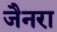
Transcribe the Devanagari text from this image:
जैनरा